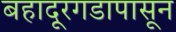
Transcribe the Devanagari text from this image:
बहादूरगडापासून